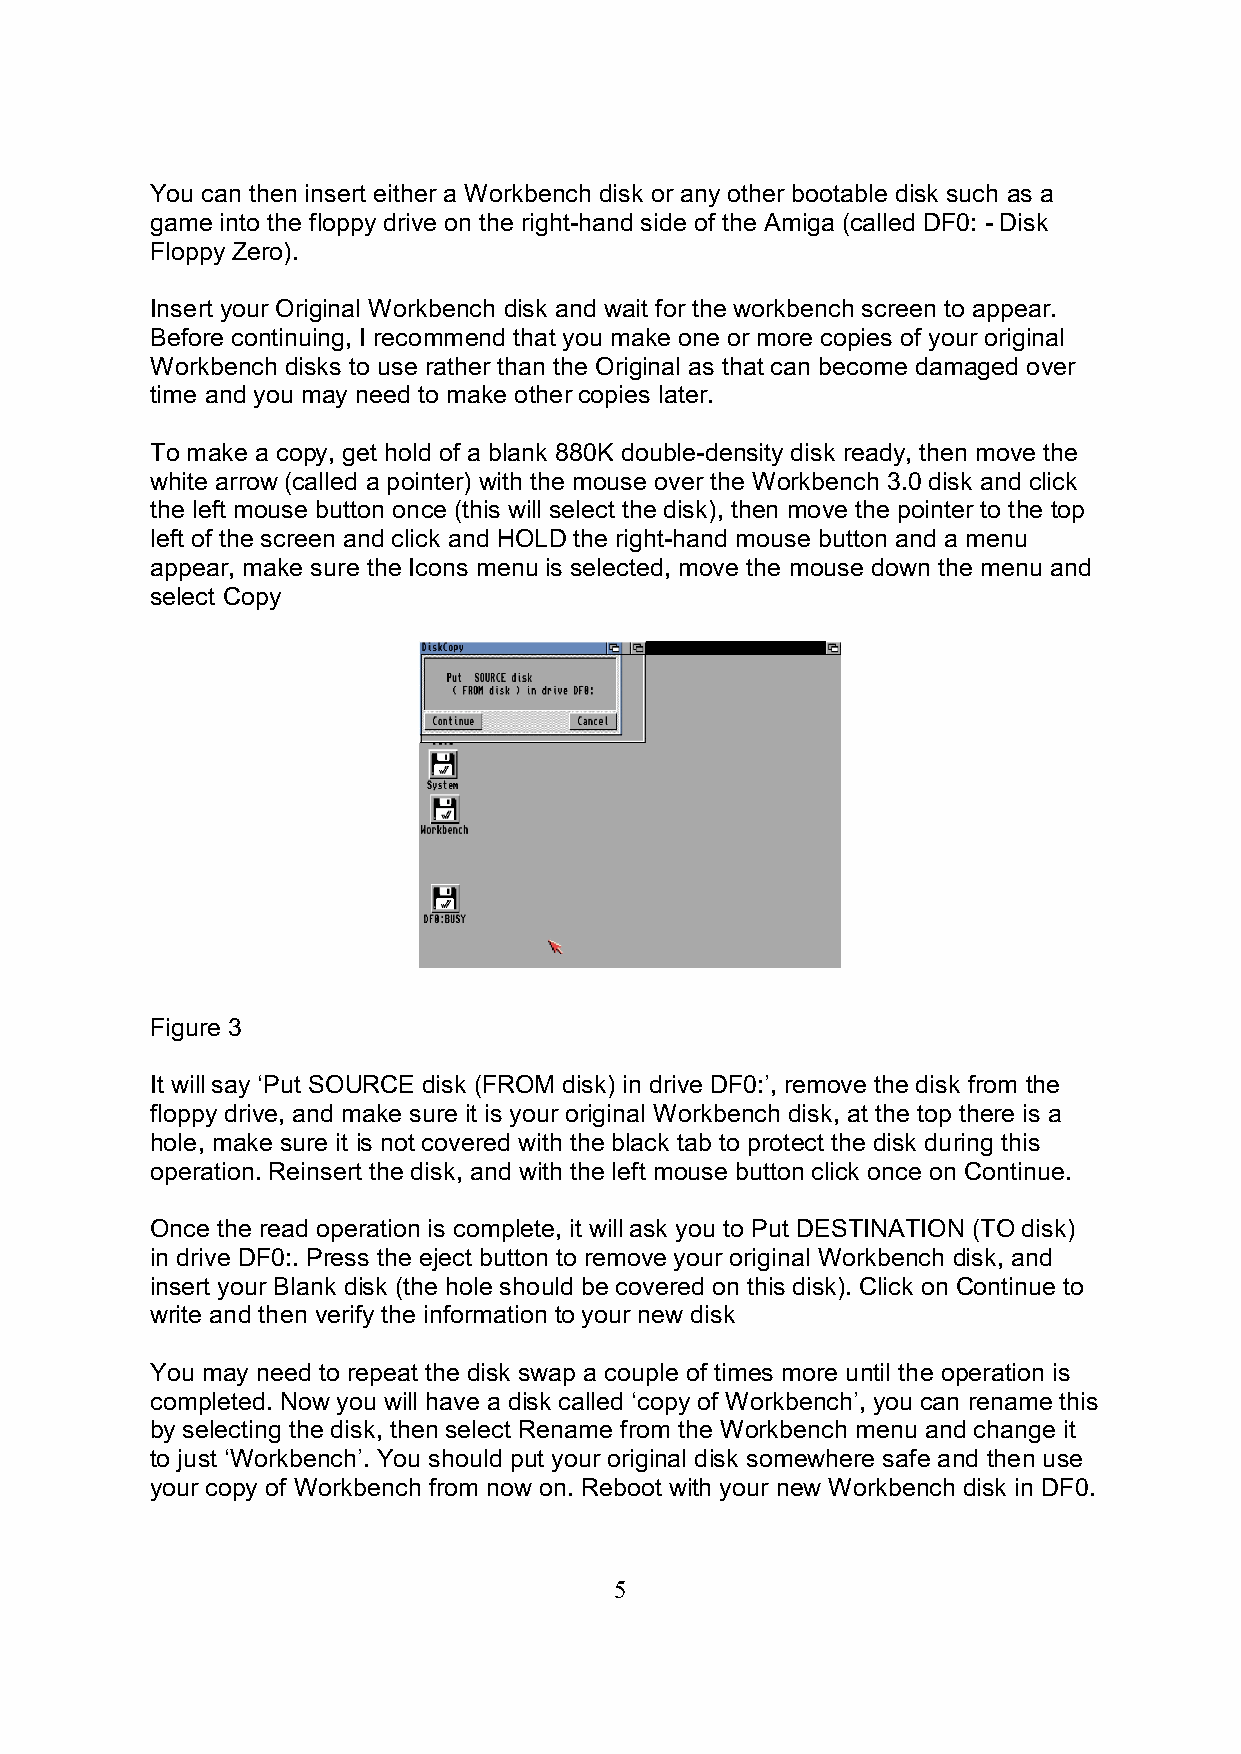
You can then insert either a Workbench disk or any other bootable disk such as a
 game into the floppy drive on the right-hand side of the Amiga (called DF0: - Disk
 Floppy Zero).
 Insert your Original Workbench disk and wait for the workbench screen to appear.
 Before continuing, I recommend that you make one or more copies of your original
 Workbench disks to use rather than the Original as that can become damaged over
 time and you may need to make other copies later.
 To make a copy, get hold of a blank 880K double-density disk ready, then move the
 white arrow (called a pointer) with the mouse over the Workbench 3.0 disk and click
 the left mouse button once (this will select the disk), then move the pointer to the top
 left of the screen and click and HOLD the right-hand mouse button and a menu
 appear, make sure the Icons menu is selected, move the mouse down the menu and
 select Copy
 Figure 3
 It will say ‘Put SOURCE disk (FROM disk) in drive DF0:’, remove the disk from the
 floppy drive, and make sure it is your original Workbench disk, at the top there is a
 hole, make sure it is not covered with the black tab to protect the disk during this
 operation. Reinsert the disk, and with the left mouse button click once on Continue.
 Once the read operation is complete, it will ask you to Put DESTINATION (TO disk)
 in drive DF0:. Press the eject button to remove your original Workbench disk, and
 insert your Blank disk (the hole should be covered on this disk). Click on Continue to
 write and then verify the information to your new disk
 You may need to repeat the disk swap a couple of times more until the operation is
 completed. Now you will have a disk called ‘copy of Workbench’, you can rename this
 by selecting the disk, then select Rename from the Workbench menu and change it
 to just ‘Workbench’. You should put your original disk somewhere safe and then use
 your copy of Workbench from now on. Reboot with your new Workbench disk in DF0.
 5